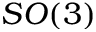
S O ( 3 )